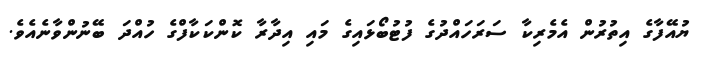
ޔުއޭފާގެ އިތުރުން އެމެރިކާ ސަރަހައްދުގެ ފުޓުބޯޅައިގެ މައި އިދާރާ ކޮންކަކާފްގެ ހުއްދަ ބޭނުންވާނެއެވެ.